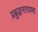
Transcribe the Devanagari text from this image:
प्रब्रुद्धनारायणा